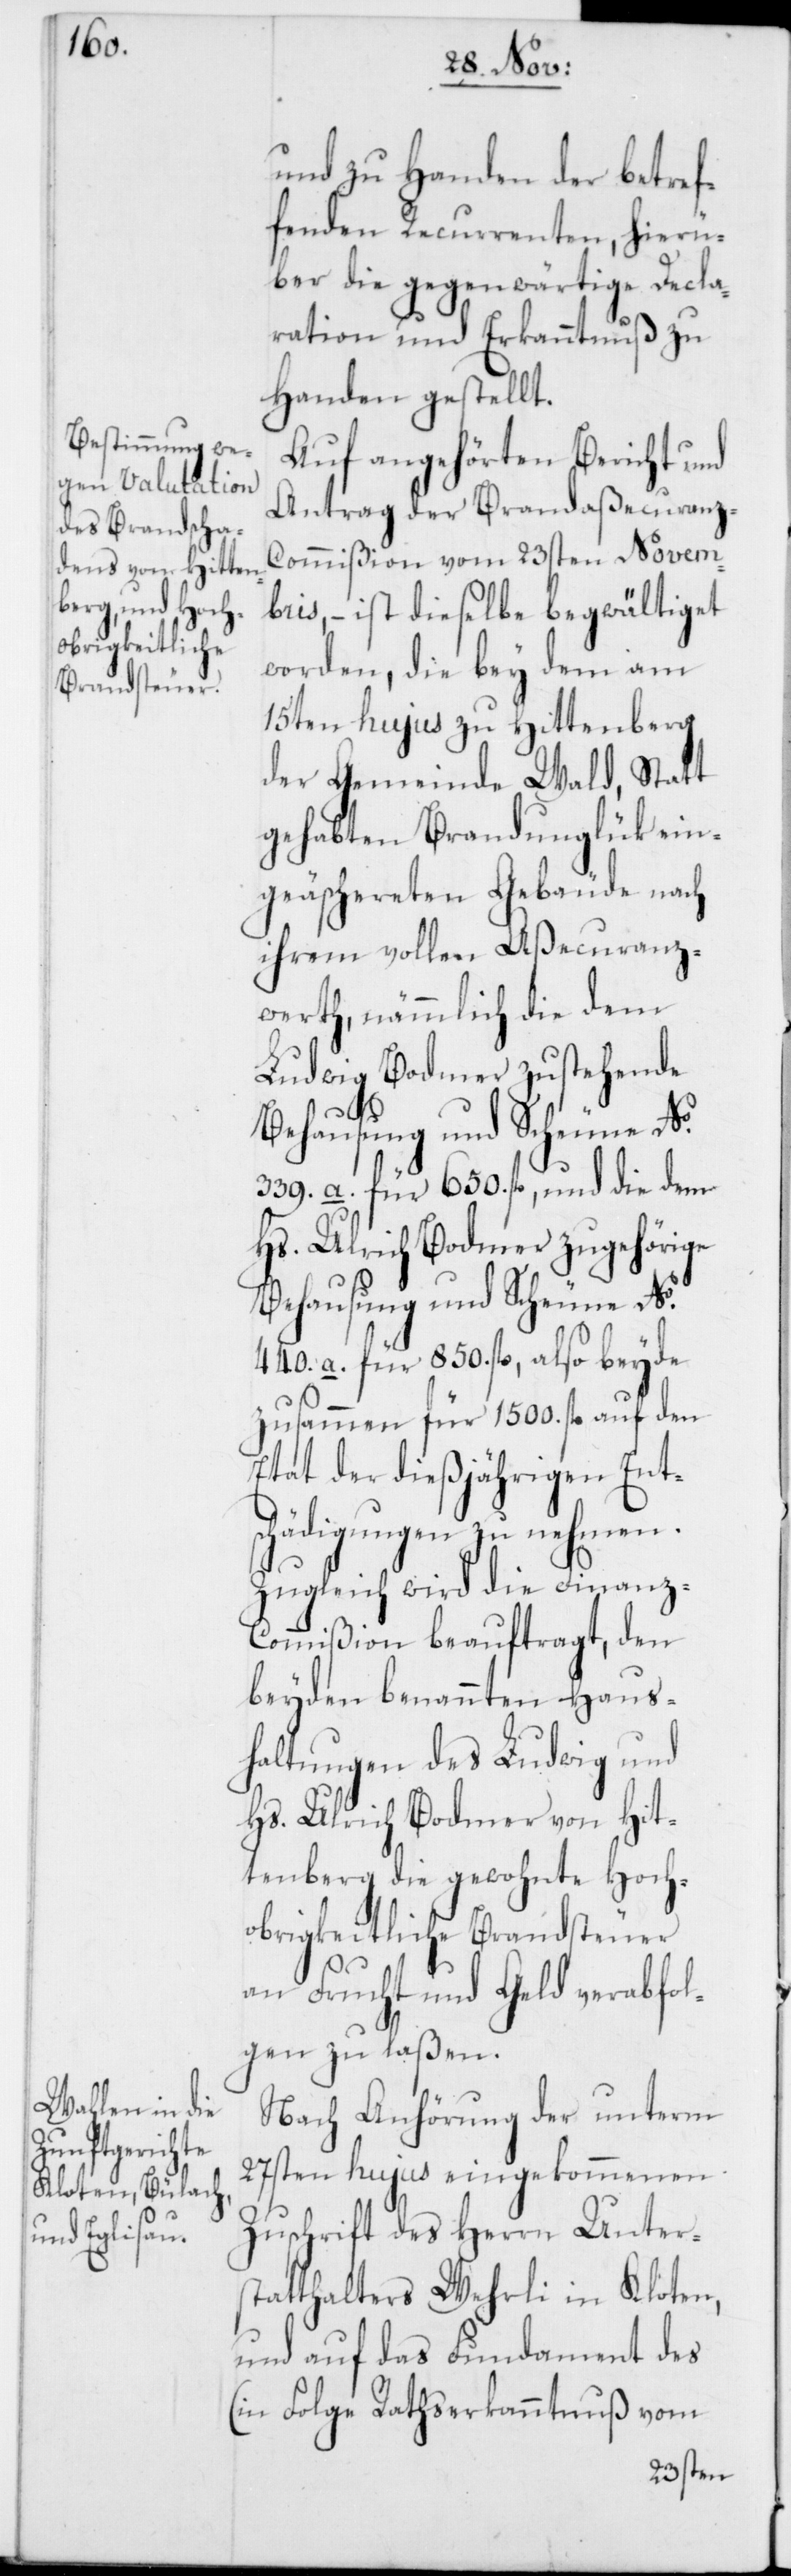
und zu Handen der betref¬
fenden Recurrenten, hierü¬
ber die gegenwärtige Decla¬
ration und Erkanntnuß zu
Handen gestellt.
Auf angehörten Bericht und
Antrag der Brandaßecuranz-C¬
ommißion vom 23sten Novem¬
bris, – ist dieselbe begwältiget
worden, die bey dem am
15ten hujus zu Hittenberg
der Gemeinde Wald, Statt
gehabten Brandunglük ein¬
geäschereten Gebäude nach
ihrem vollen Aßecuranz¬
werth, nämmlich die dem
Ludwig Bodmer zustehende
Behausung und Scheune No.
339.a. für 650. fl., und die dem
Hs. Ulrich Bodmer zugehörige
Behausung und Scheune No.
440.a. für 850. fl., also beyde
zusammen für 1500. fl. auf den
Etat der dießjährigen Ent¬
schädigungen zu nehmen.
Zugleich wird die Finanz-C¬
ommißion beauftragt, den
beyden benannten Haus¬
haltungen des Ludwig und
Hs. Ulrich Bodmer von Hit¬
tenberg die gewohnte Hoch¬
obrigkeitliche Brandsteuer
an Frucht und Geld verabfol¬
gen zu laßen.
Nach Anhörung der unterm
27sten hujus eingekommenen
Zuschrift des Herrn Unter¬
statthalters Wehrli in Kloten,
und auf das Fundament des
(in Folge Rathserkanntnuß vom